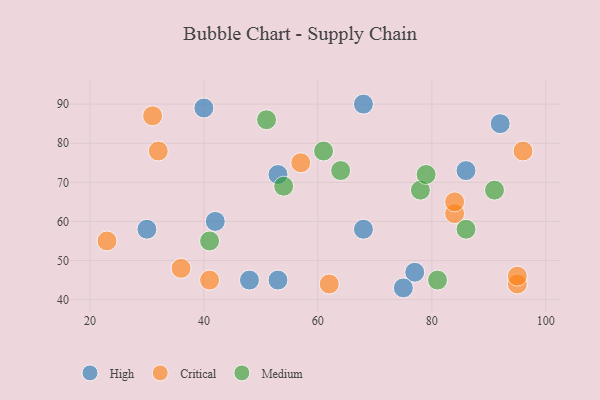
{"axis": {"x": "GDP", "y": "Life Expectancy"}, "legend": ["Critical", "High", "Medium"], "data": [{"x": "92", "y": 85, "type": "High"}, {"x": "77", "y": 47, "type": "High"}, {"x": "53", "y": 72, "type": "High"}, {"x": "30", "y": 58, "type": "High"}, {"x": "75", "y": 43, "type": "High"}, {"x": "40", "y": 89, "type": "High"}, {"x": "68", "y": 58, "type": "High"}, {"x": "42", "y": 60, "type": "High"}, {"x": "48", "y": 45, "type": "High"}, {"x": "53", "y": 45, "type": "High"}, {"x": "68", "y": 90, "type": "High"}, {"x": "86", "y": 73, "type": "High"}, {"x": "84", "y": 62, "type": "Critical"}, {"x": "95", "y": 44, "type": "Critical"}, {"x": "96", "y": 78, "type": "Critical"}, {"x": "62", "y": 44, "type": "Critical"}, {"x": "57", "y": 75, "type": "Critical"}, {"x": "84", "y": 65, "type": "Critical"}, {"x": "31", "y": 87, "type": "Critical"}, {"x": "95", "y": 46, "type": "Critical"}, {"x": "41", "y": 45, "type": "Critical"}, {"x": "36", "y": 48, "type": "Critical"}, {"x": "32", "y": 78, "type": "Critical"}, {"x": "23", "y": 55, "type": "Critical"}, {"x": "54", "y": 69, "type": "Medium"}, {"x": "78", "y": 68, "type": "Medium"}, {"x": "41", "y": 55, "type": "Medium"}, {"x": "81", "y": 45, "type": "Medium"}, {"x": "64", "y": 73, "type": "Medium"}, {"x": "51", "y": 86, "type": "Medium"}, {"x": "79", "y": 72, "type": "Medium"}, {"x": "61", "y": 78, "type": "Medium"}, {"x": "91", "y": 68, "type": "Medium"}, {"x": "86", "y": 58, "type": "Medium"}]}